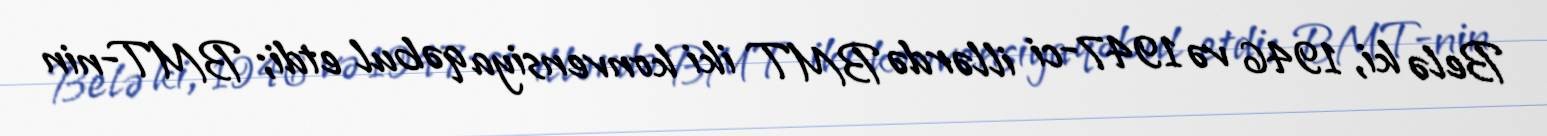
Belə ki, 1946 və 1947-ci illərdə BMT iki konvensiya qəbul etdi; BMT-nin